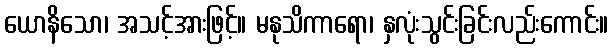
ယောနိသော၊ အသင့်အားဖြင့်။ မနုသိကာရော၊ နှလုံးသွင်းခြင်းလည်းကောင်း။